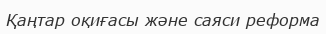
Қаңтар оқиғасы және саяси реформа